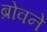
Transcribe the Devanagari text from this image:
ब्रोवने